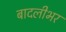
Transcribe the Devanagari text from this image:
बादलीभर